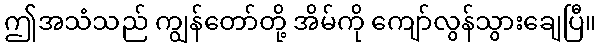
ဤအသံသည် ကျွန်တော်တို့ အိမ်ကို ကျော်လွန်သွားချေပြီ။